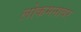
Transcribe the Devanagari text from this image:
लोकमनावर